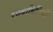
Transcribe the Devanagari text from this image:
रसवाहिनियाँ